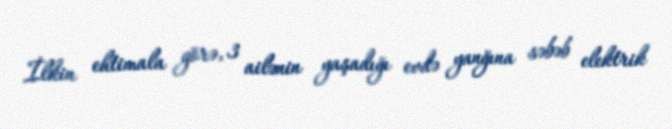
İlkin ehtimala görə, 3 ailənin yaşadığı evdə yanğına səbəb elektrik